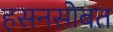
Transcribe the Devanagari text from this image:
हसनसोबत